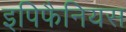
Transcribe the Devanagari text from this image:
इपिफैनियस